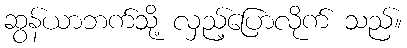
ဆွန်ယာဘက်သို့ လှည့်ပြောလိုက် သည်။